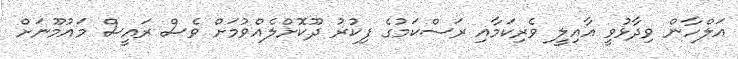
އަލްހާން ވިދާޅުވީ އާއިލީ ވެރިކަމާއި ރަސްކަމުގެ ފިކުރު ދޫކޮށްލެއްވުމަށް ވެސް ރައީސް މައުމޫނަށް